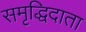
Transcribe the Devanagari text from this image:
समृद्धिदाता